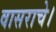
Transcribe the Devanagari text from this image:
वासराचे।